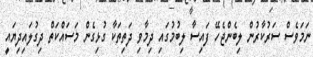
ނަމަވެސް ސަރުކާރުން ލިބެންޖެހޭ ފައިސާ ލިބުމުގައި ދިމާވި ދަތިތަކާ ގުޅިގެން މަސައްކަތް ދިގުލައިދިޔައީ